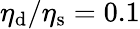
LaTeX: \eta_{\mathrm{d}}/\eta_{\mathrm{s}}=0.1